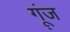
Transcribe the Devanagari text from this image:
गू्ंज